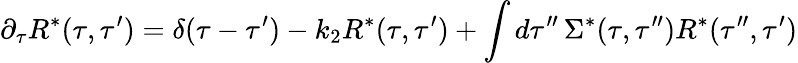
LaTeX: \partial_{\tau}R^{*}(\tau,\tau^{\prime})=\delta(\tau-\tau^{\prime})-k_{2}R^{*}(\tau,\tau^{\prime})+\int d\tau^{\prime\prime}\, \Sigma^{*}(\tau,\tau^{\prime\prime})R^{*}(\tau^{\prime\prime},\tau^{\prime})